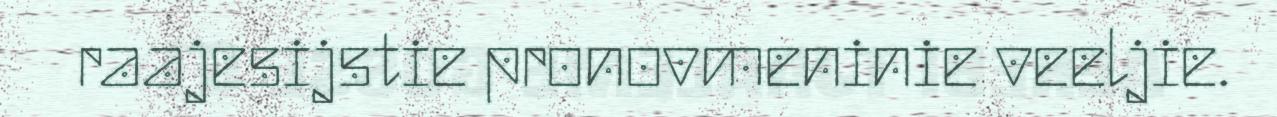
raajesijstie pronovmeninie veeljie.